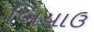
બિયાઉ